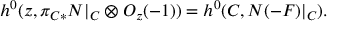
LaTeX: h ^ { 0 } ( z , \pi _ { C * } N | _ { C } \otimes { \cal O } _ { z } ( - 1 ) ) = h ^ { 0 } ( C , N ( - F ) | _ { C } ) .